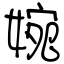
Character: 婉